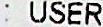
: USER